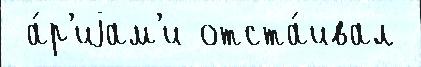
 а́р'иjам'и отста́ивал